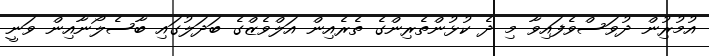
އުމުރުިން ދުވަސްވެފައިވާ މި ދެ ކުޅުންތެރިންގެ ތެރެއިން އަލްވެޒްގެ ބަދަލުގައި ބާސެލޯނާއިން ވަނީ